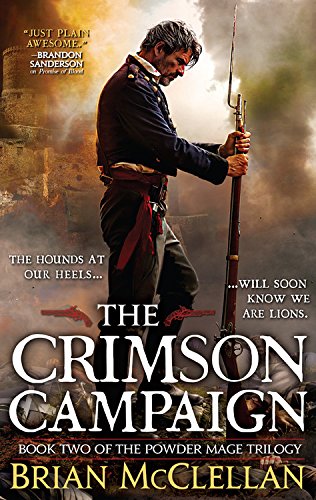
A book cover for The Crimson Campaign (The Powder Mage Trilogy); Brian McClellan; Literature & Fiction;